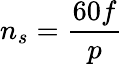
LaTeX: n_{s}=\frac{60f}{p}